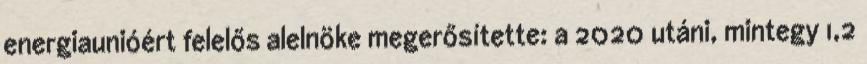
energiaunióért felelős alelnöke megerősítette: a 2020 utáni, mintegy 1,2